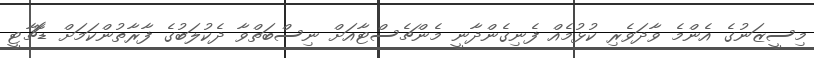
މިސީޒަނުގެ އެންމެ ވާދަވެރި ކުޅުމެއް ފެނިގެންދާނީ މެންޗެސްޓާއަށް ނިސްބަތްވާ ދެކުލަބުގެ ފާރާތުންކަމަށް ޑޮޗާޓީ